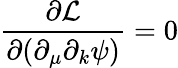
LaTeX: \frac{\partial\mathcal{L}}{\partial(\partial_{\mu}\partial_{k}\psi)}=0